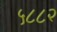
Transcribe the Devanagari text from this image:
५८८२